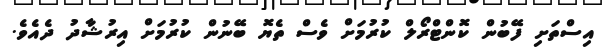
އިސްތަށި ފޭބުން ކޮންޓްރޯލް ކުރުމަށް ވެސް ތެޔޮ ބޭނުން ކުރުމަށް އިރުޝާދު ދެއެވެ.